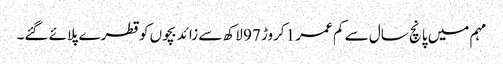
مہم میں پانچ سال سے کم عمر 1 کروڑ 97 لاکھ سے زائد بچوں کو قطرے پلائے گئے۔